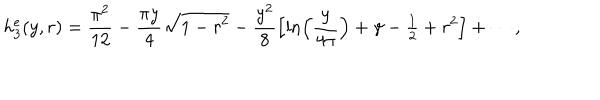
LaTeX: h _ { 3 } ^ { e } ( y , r ) = \frac { \pi ^ { 2 } } { 1 2 } - \frac { \pi y } { 4 } \sqrt { 1 - r ^ { 2 } } - \frac { y ^ { 2 } } { 8 } \left[ \ln \left( \frac { y } { 4 \pi } \right) + \gamma - { \textstyle \frac { 1 } { 2 } } + r ^ { 2 } \right] + \cdots ,